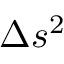
\Delta s ^ { 2 }